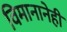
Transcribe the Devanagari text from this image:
विमानानेही